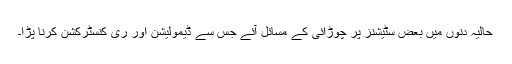
حالیہ دنوں میں بعض سٹیشنز پر چوڑائی کے مسائل آئے جس سے ڈیمولیشن اور ری کنسٹرکشن کرنا پڑا۔